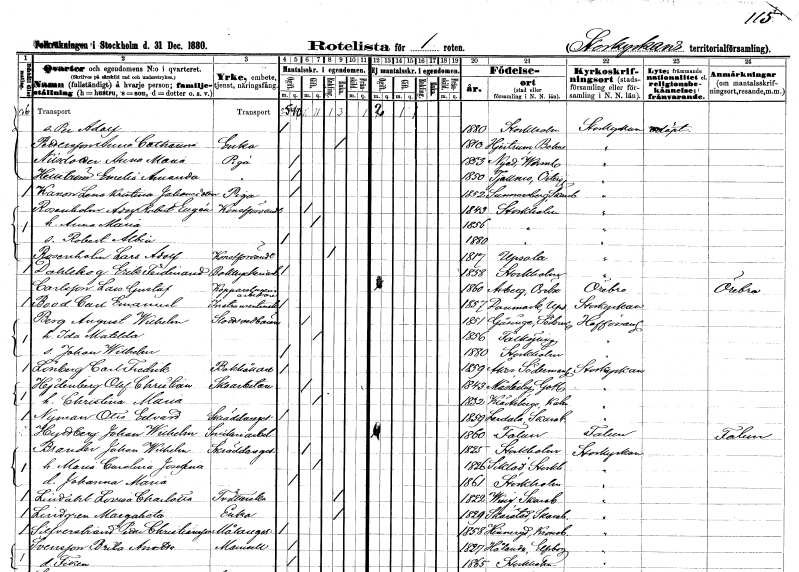
gt_parse: households: individuals: FN: Per Adolf
KON: M
CIV: O
FODAR: 1880
FODFORS: Stockholm
FN: Anna Catharina
EN: Pettersson
YRKE: Änka
KON: K
CIV: E
FODAR: 1810
FODFORS: Hjärtum Älvsborgs län
FN: Anna Maria
EN: Nilsdotter
YRKE: Piga
KON: K
CIV: O
FODAR: 1853
FODFORS: Nyed Värmlands län
FN: Emelia Amanda
EN: Hellström
YRKE: Piga
KON: K
CIV: O
FODAR: 1850
FODFORS: Tjällmo Östergötlands län
FN: Lena Kristina
EN: Hanson Johansdotter
YRKE: Piga
KON: K
CIV: O
FODAR: 1852
FODFORS: Sunnersberg Skaraborgs län
FN: Adolf Robert Eugén
EN: Rosenholm
YRKE: Konstförvandt
KON: M
CIV: G
FODAR: 1843
FODFORS: Stockholm
FN: Anna Maria
KON: K
CIV: G
FODAR: 1856
FODFORS: Stockholm
FN: Robert Albin
KON: M
CIV: O
FODAR: 1880
FODFORS: Stockholm
FN: Lars Adolf
EN: Rosenholm
YRKE: Konstförvandt
KON: M
CIV: E
FODAR: 1817
FODFORS: Uppsala Uppsala län
FN: Erik Ferdinand
EN: Dahlskog
YRKE: Boktryckeriarbetare
KON: M
CIV: O
FODAR: 1858
FODFORS: Stockholm
FN: Lars Gustaf
EN: Carlsson
YRKE: Kopparslageriarbetare
KON: M
CIV: O
FODAR: 1860
FODFORS: Axberg Örebro län
FN: Carl Emanuel
EN: Bood
YRKE: Instrumentmakare
KON: M
CIV: O
FODAR: 1857
FODFORS: Danmark Uppsala län
FN: August Wilhelm
EN: Berg
YRKE: Slottsvedbärare
KON: M
CIV: G
FODAR: 1851
FODFORS: Gåsinge Södermanlands län
FN: Ida Matilda
KON: K
CIV: G
FODAR: 1856
FODFORS: Falköping Skaraborgs län
FN: Johan Wilhelm
KON: M
CIV: O
FODAR: 1880
FODFORS: Stockholm
FN: Carl Fredrik
EN: Lönberg
YRKE: Bokhållare
KON: M
CIV: O
FODAR: 1859
FODFORS: Åker Södermanlands län
FN: Olof Christian
EN: Hejdenberg
YRKE: Skoarbetare
KON: M
CIV: G
FODAR: 1843
FODFORS: Mästerby Gotlands län
FN: Christina Maria
KON: K
CIV: G
FODAR: 1832
FODFORS: Kläckeberga Kalmar län
FN: Otto Edvard
EN: Nyman
YRKE: Skräddaregesäll
KON: M
CIV: O
FODAR: 1859
FODFORS: Lerdala Skaraborgs län
FN: Johan Wilhelm
EN: Hyttberg
YRKE: Snickeriarbetare
KON: M
CIV: O
FODAR: 1860
FODFORS: Falun Kopparbergs län
FN: Johan Wilhelm
EN: Brander
YRKE: Skräddaregesäll
KON: M
CIV: G
FODAR: 1825
FODFORS: Stockholm
FN: Maria Carolina Josefina
KON: K
CIV: G
FODAR: 1826
FODFORS: Sicklaö Stockholms län
FN: Johanna Maria
KON: K
CIV: O
FODAR: 1861
FODFORS: Stockholm
FN: Lovisa Charlotta
EN: Lindahl
YRKE: Tvätterska
KON: K
CIV: E
FODAR: 1822
FODFORS: Ving Skaraborgs län
FN: Margareta
EN: Lindgren
YRKE: Änka
KON: K
CIV: E
FODAR: 1829
FODFORS: Skärstad Jönköpings län